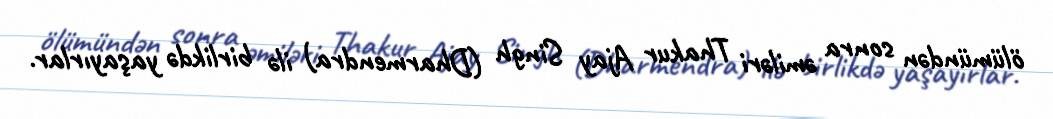
ölümündən sonra əmiləri Thakur Ajay Singh (Dharmendra) ilə birlikdə yaşayırlar.